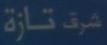
مزة تازة